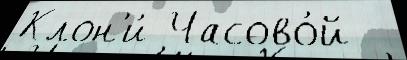
Клон'и́ Часово́й